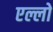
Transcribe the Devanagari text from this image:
एल्लो